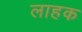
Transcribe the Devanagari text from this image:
लाहक